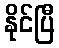
နိုင်ပြီ